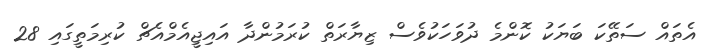
އެތައް ސަތޭކަ ބަޔަކު ކޮންމެ ދުވަހަކުވެސް ޒިޔާރަތް ކުރަމުންދާ އައިޖީއެމްއެޗް ކުރިމަތީގައި 28